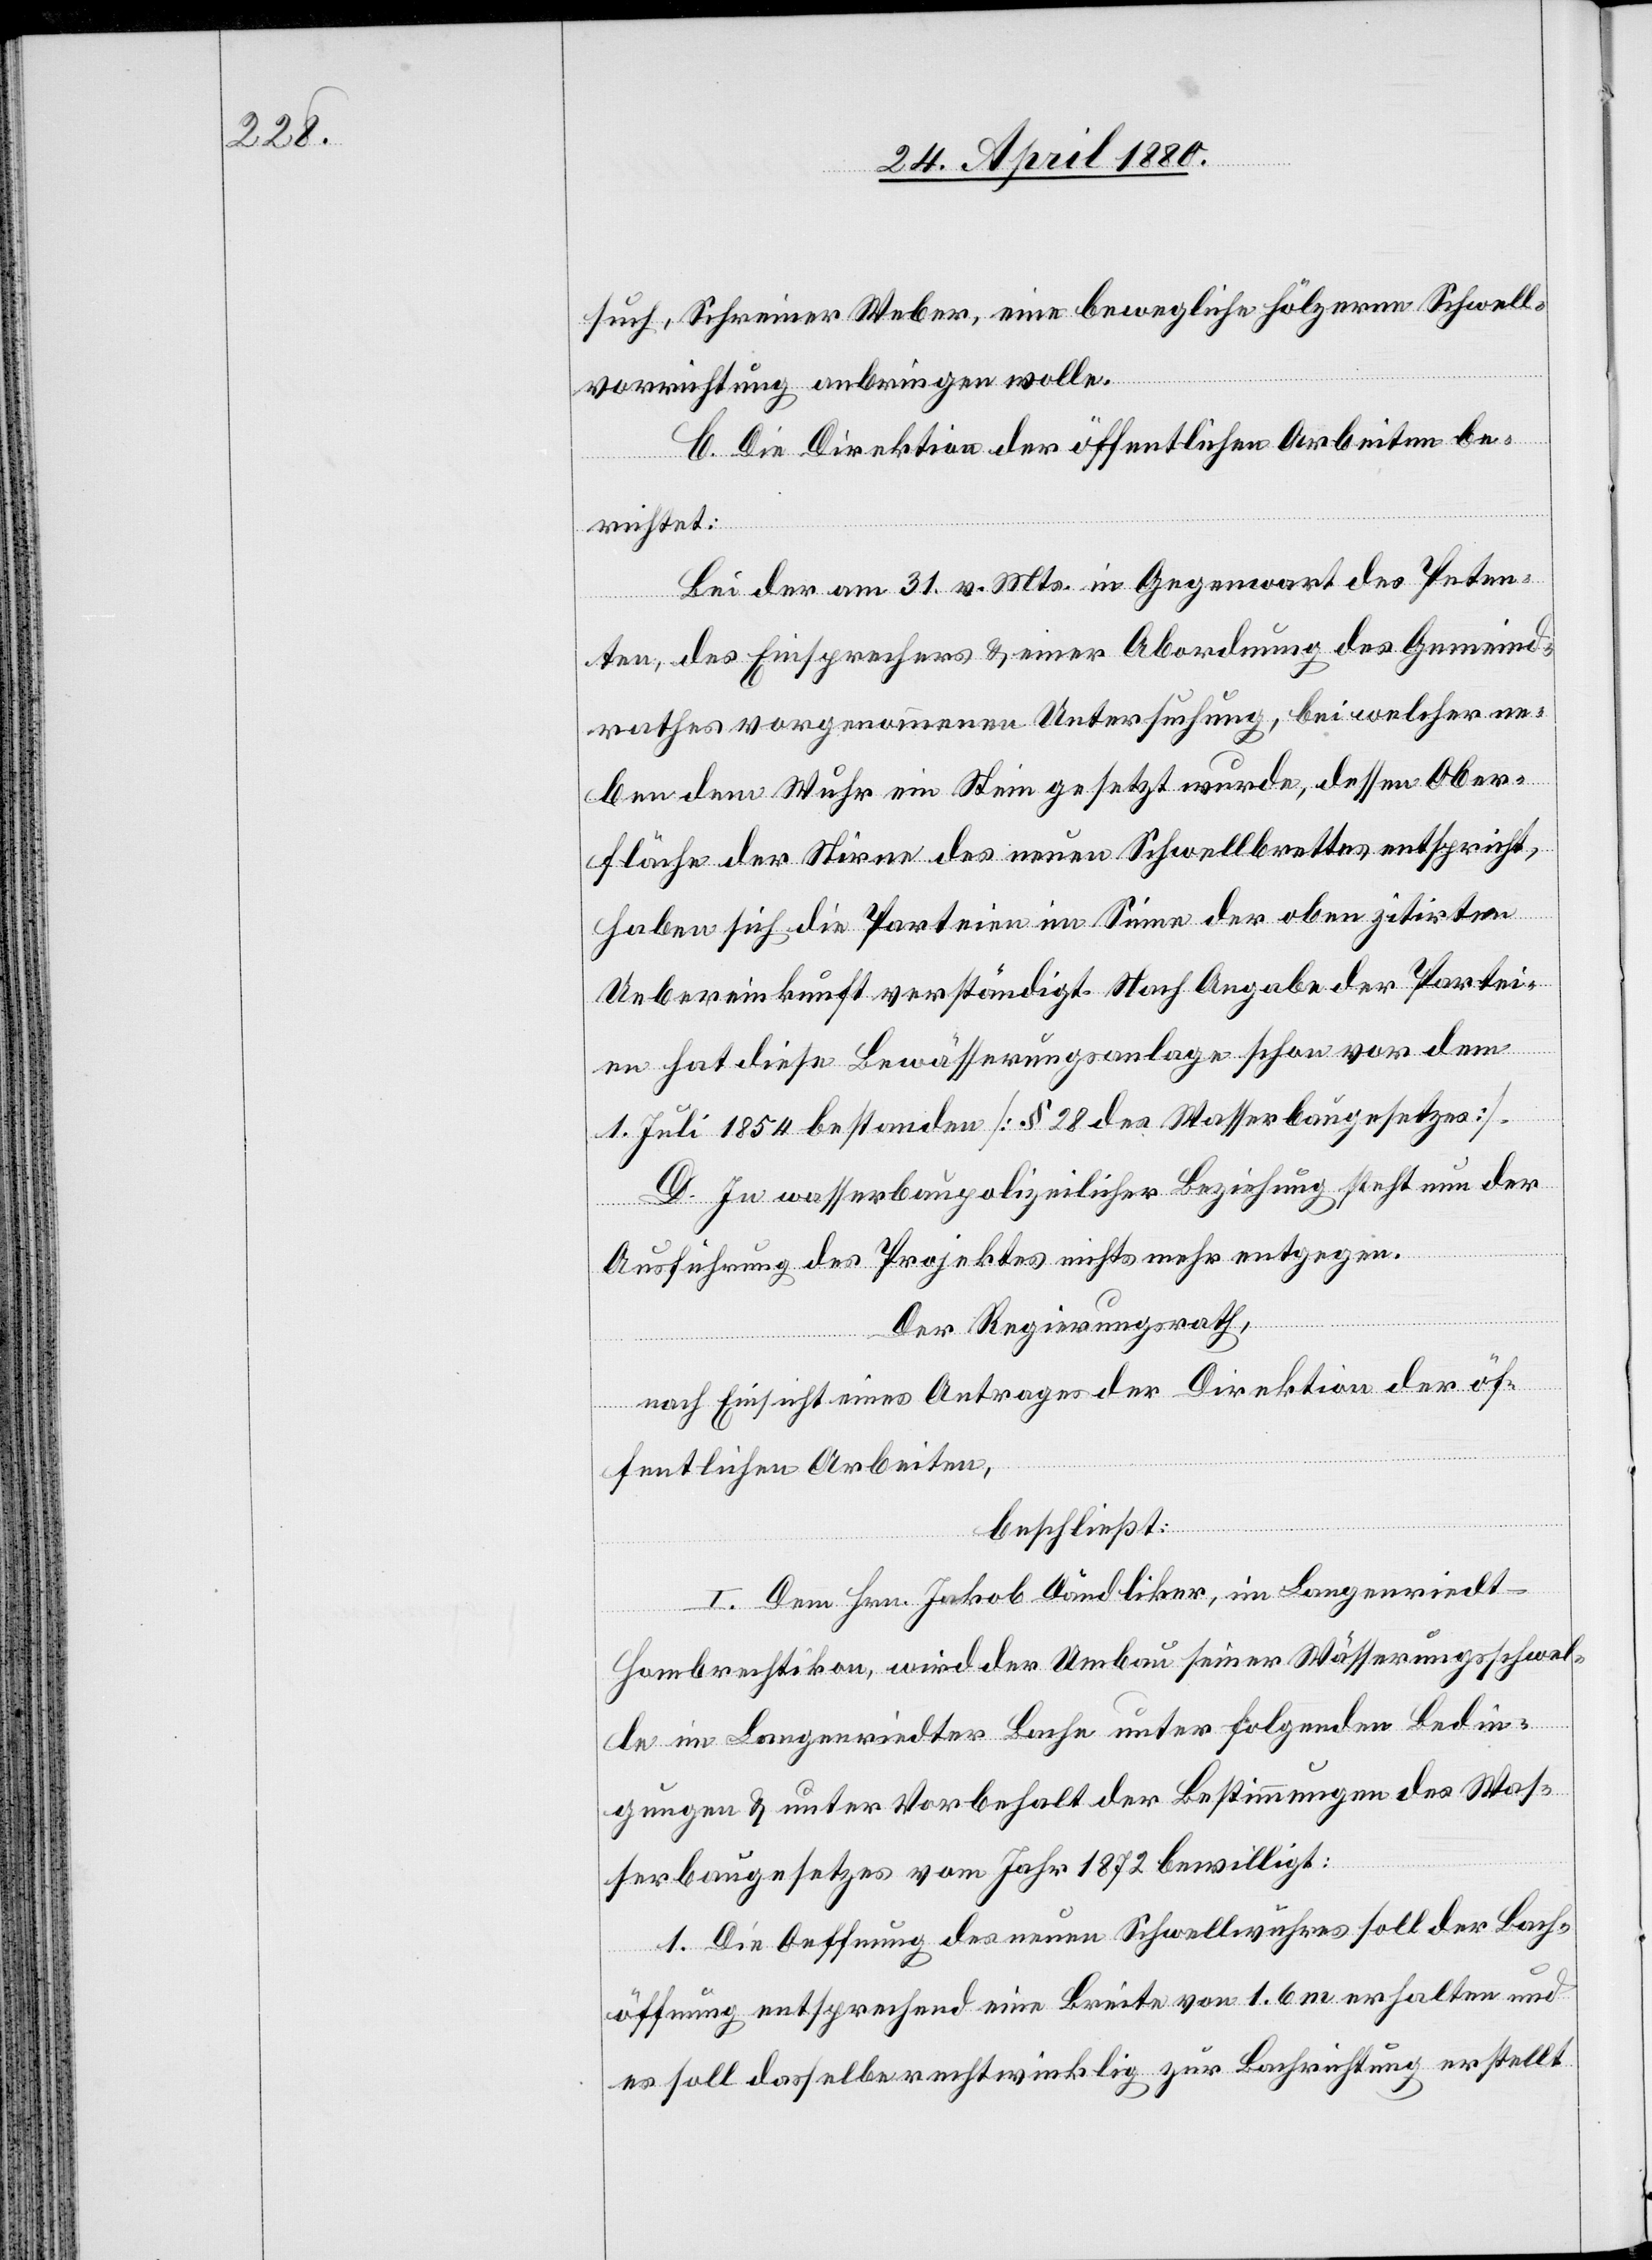
such, Schreiner Weber, eine bewegliche hölzerne Schwell¬
vorrichtung anbringen wolle.
C. Die Direktion der öffentlichen Arbeiten be¬
richtet:
Bei der am 31. v. Mts. in Gegenwart des Peten¬
ten, des Einsprechers & einer Abordnung des Gemeind¬
rathes vorgenommenen Untersuchung, bei welcher ne¬
ben dem Wuhr ein Stein gesetzt wurde, dessen Ober¬
fläche der Stirne des neuen Schwellbrettes entspricht,
haben sich die Parteien im Sinne der oben zitirten
Uebereinkunft verständigt. Nach Angabe der Partei¬
en hat diese Bewässerungsanlage schon vor dem
1. Juli 1854 bestanden [§ 28 des Wasserbaugesetzes].
D. In wasserbaupolizeilicher Beziehung steht nun der
Ausführung des Projektes nichts mehr entgegen.
Der Regierungsrath,
nach Einsicht eines Antrages der Direktion der öf¬
fentlichen Arbeiten,
beschließt:
I. Dem Hrn. Jakob Dändliker, im Langenriedt
Hombrechtikon, wird der Umbau seiner Wässerungsschwel¬
le im Langenriedter Bache unter folgenden Bedin¬
gungen & unter Vorbehalt der Bestimmungen des Was¬
serbaugesetzes vom Jahr 1872 bewilligt:
1. Die Oeffnung des neuen Schwellwuhres soll der Bach¬
öffnung entsprechend eine Breite von 1.6 m erhalten und
es soll dasselbe rechtwinklig zur Bachrichtung erstellt